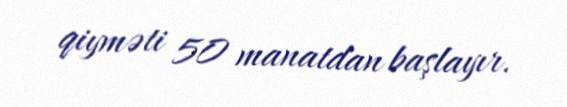
qiyməti 50 manatdan başlayır.